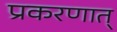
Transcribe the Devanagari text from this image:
प्रकरणात्‌